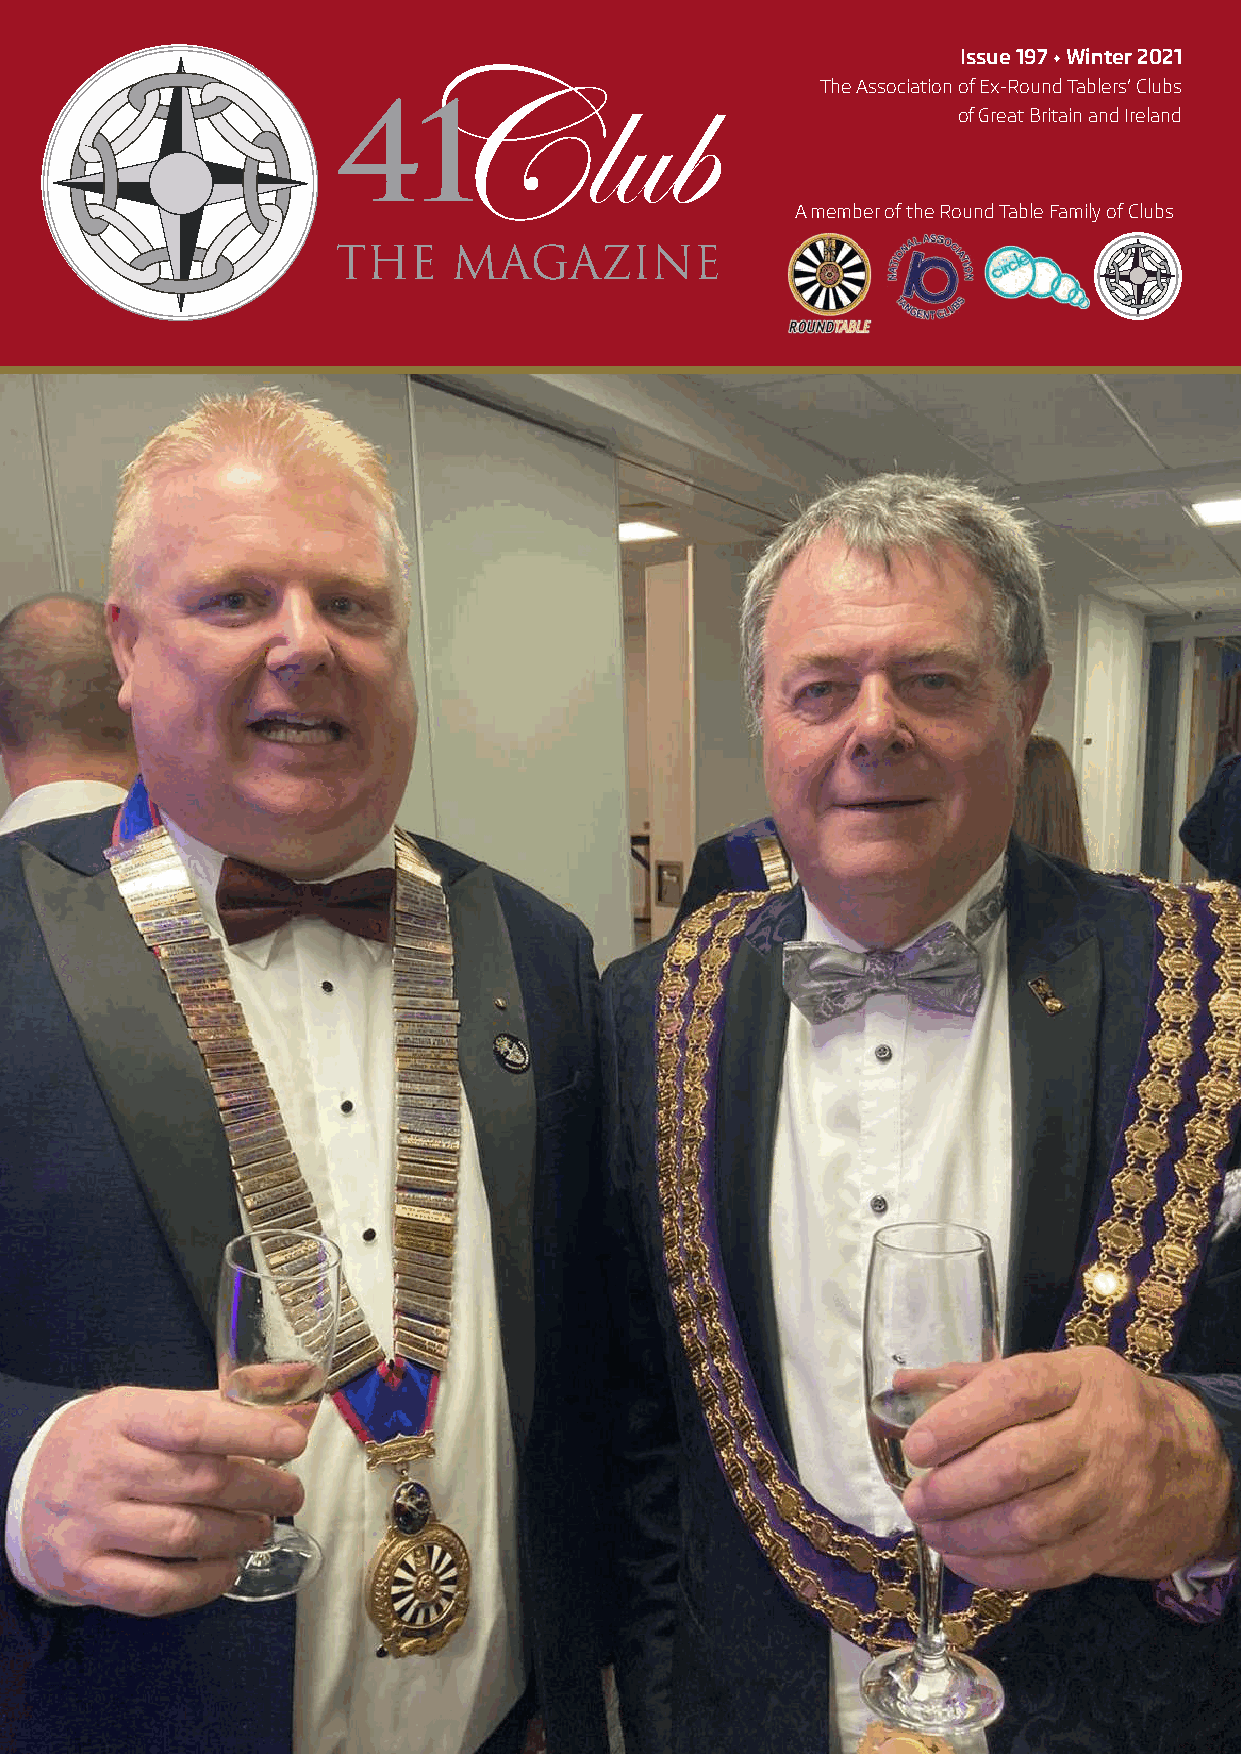
Issue 197 • Winter 2021
 The Association of Ex-Round Tablers’ Clubs
 of Great Britain and Ireland
 A member of the Round Table Family of Clubs
 1